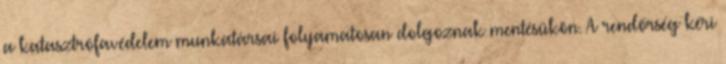
a katasztrófavédelem munkatársai folyamatosan dolgoznak mentésükön. A rendőrség kéri